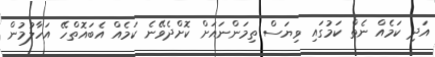
އަދި ކަމެއް ނެތް ކަމުގައި ވިޔަސް ތިމަންނައަށް ކޮށްދެވޭނެ ކަމެއް އެބައޮތްހޭ އަހާލުމުން